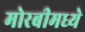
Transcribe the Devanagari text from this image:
मोरबीमध्ये